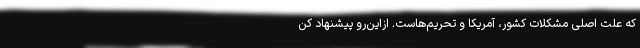
که علت اصلی مشکلات کشور، آمریکا و تحریم‌هاست. ازاین‌رو پیشنهاد کن